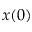
x ( 0 )